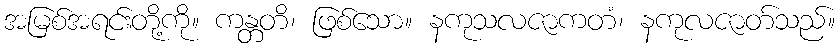
အမြစ်အရင်းတို့ကို။ ကန္တတိ၊ ဖြစ်သော။ နကုသလဇာကတံ၊ နကုလဇာတ်သည်။